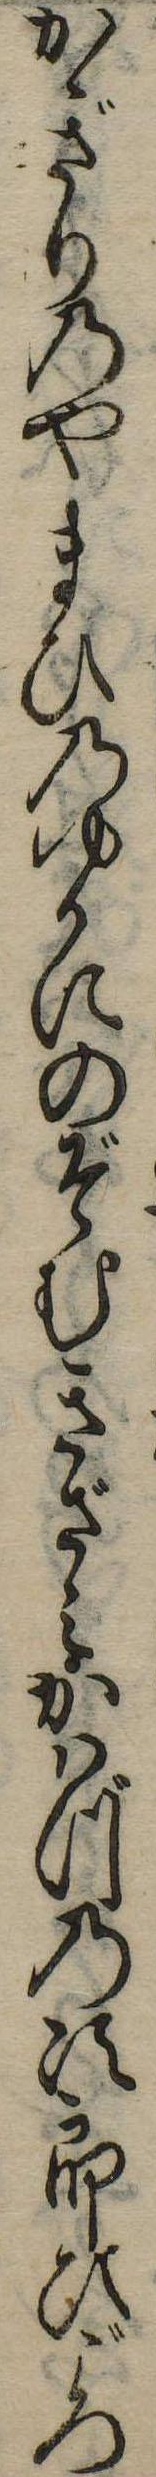
かぎりのやまひのゆかにのぞむきざみかはづの次郎ひごろ